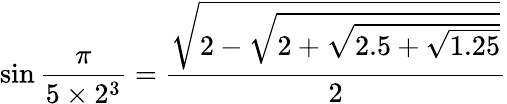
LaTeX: \sin{\frac{\pi}{5\times 2^{3}}}={\frac{\sqrt{2-{\sqrt{2+{\sqrt{2.5+{\sqrt{1.25}}}}}}}}{2}}